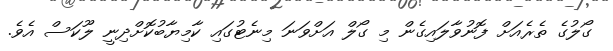
ގޯލުގެ ތެރެއަށް ފޮނުވާލައިގެން މި ގޯލް އަށްވަނަ މިނެޓުގައި ކާމިޔާބުކޮށްދިނީ ލޫކަސް އެވެ.